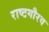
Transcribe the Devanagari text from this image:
राष्‍टगौरव